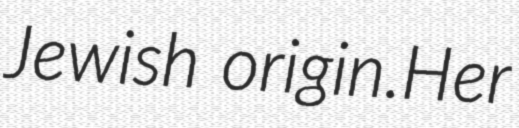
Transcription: Jewish origin.Her